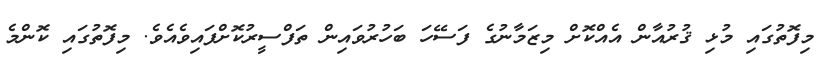
މިފޮތުގައި މުޅި ޤުރުއާން އެއްކޮށް މިޒަމާނުގެ ފަސޭހަ ބަހުރުވައިން ތަފްސީރުކޮށްފައިވެއެވެ. މިފޮތުގައި ކޮންމެ